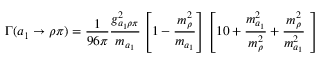
\Gamma ( a _ { 1 } \to \rho \pi ) = \frac { 1 } { 9 6 \pi } \frac { g _ { a _ { 1 } \rho \pi } ^ { 2 } } { m _ { a _ { 1 } } } \left[ 1 - \frac { m _ { \rho } ^ { 2 } } { m _ { a _ { 1 } } } \right] \left[ 1 0 + \frac { m _ { a _ { 1 } } ^ { 2 } } { m _ { \rho } ^ { 2 } } + \frac { m _ { \rho } ^ { 2 } } { m _ { a _ { 1 } } ^ { 2 } } \ \right]